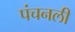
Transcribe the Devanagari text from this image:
पंचनली